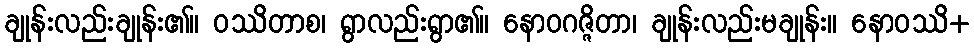
ချုန်းလည်းချုန်း၏။ ဝဿိတာစ၊ ရွာလည်းရွာ၏။ နောဝဂဇ္ဇိတာ၊ ချုန်းလည်းမချုန်း။ နောဝဿိ+